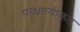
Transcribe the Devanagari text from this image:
पाश्चात्यीकृत